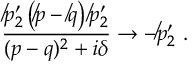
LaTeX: \frac { \not p _ { 2 } ^ { \prime } \left( \not p - \not q \right) \not p _ { 2 } ^ { \prime } } { ( p - q ) ^ { 2 } + i \delta } \rightarrow - \not p _ { 2 } ^ { \prime } ~ .